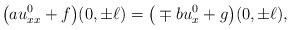
LaTeX: \begin{align*}\big(au_{xx}^0+f\big)(0,\pm \ell) = \big(\mp bu_{x}^0+g\big)(0,\pm \ell),\end{align*}